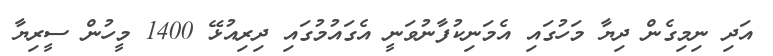
އަދި ނިމިގެން ދިޔާ މަހުގައި އެމަނިކުފާނުވަނީ އެގައުމުގައި ދިިރިއުޅޭ 1400 މީހުން ސީރިޔާ